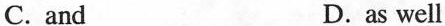
C.and D.as well